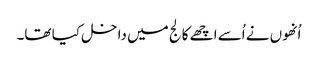
اُنھوں نے اُسے اچھے کالج میں داخل کیا تھا۔